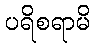
ပရိစရာမိ